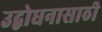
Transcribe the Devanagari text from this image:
उद्बोधनासाठी